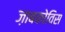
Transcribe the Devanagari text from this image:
ज़ाबकोविस